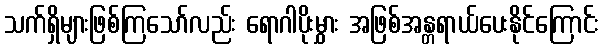
သက်ရှိများဖြစ်ကြသော်လည်း ရောဂါပိုးမွှား အဖြစ်အန္တရာယ်ပေးနိုင်ကြောင်း